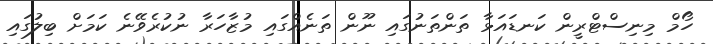
ހޯމް މިނިސްޓްރީން ކަނޑައަޅާ ތަންތަނުގައި ނޫން ތަނެއްގައި މުޒާހަރާ ނުކުރެވޭނެ ކަމަށް ބިލުގައި